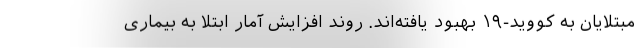
مبتلایان به کووید-۱۹ بهبود یافته‌اند. روند افزایش آمار ابتلا به بیماری